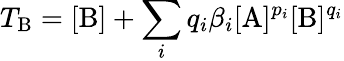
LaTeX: T_{\mathrm{B}}=[\mathrm{B}]+\sum_{i}q_{i}\beta_{i}[\mathrm{A}]^{p_{i}}[\mathrm{B}]^{q_{i}}